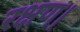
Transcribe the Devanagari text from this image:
रक्षण।